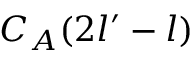
C _ { A } ( 2 l ^ { \prime } - l )